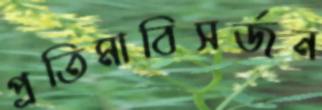
প্রতিমাবিসর্জন